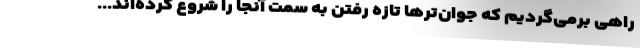
راهی برمی‌گردیم که جوان‌ترها تازه رفتن به سمت آنجا را شروع کرده‌اند...